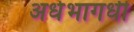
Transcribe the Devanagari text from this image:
अर्धभागधी